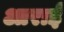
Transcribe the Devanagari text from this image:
आराई